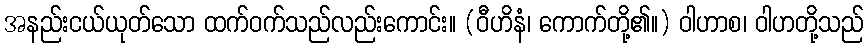
အနည်းငယ်ယုတ်သော ထက်ဝက်သည်လည်းကောင်း။ (ဝီဟိနံ၊ ကောက်တို့၏။) ဝါဟာစ၊ ဝါဟတို့သည်